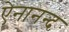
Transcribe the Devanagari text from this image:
ऐनानन्द